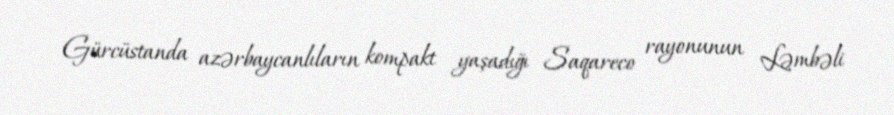
Gürcüstanda azərbaycanlıların kompakt yaşadığı Saqareco rayonunun Ləmbəli